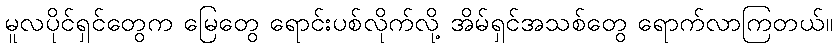
မူလပိုင်ရှင်တွေက မြေတွေ ရောင်းပစ်လိုက်လို့ အိမ်ရှင်အသစ်တွေ ရောက်လာကြတယ်။